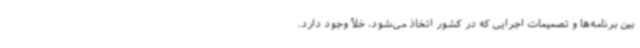
بین برنامه‌ها و تصمیمات اجرایی که در کشور اتخاذ می‌شود، خلأ وجود دارد.